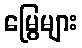
မြွေများ